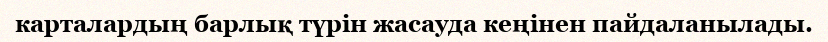
карталардың барлық түрін жасауда кеңінен пайдаланылады.